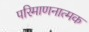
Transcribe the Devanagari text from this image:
परिमाणनात्मक